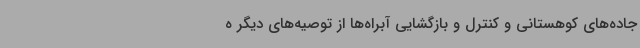
جاده‌های کوهستانی و کنترل و بازگشایی آبراه‌ها از توصیه‌های دیگر ه